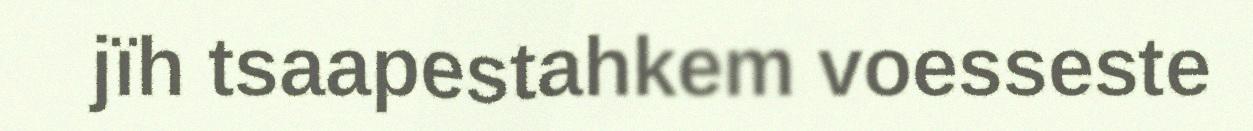
jïh tsaapestahkem voesseste